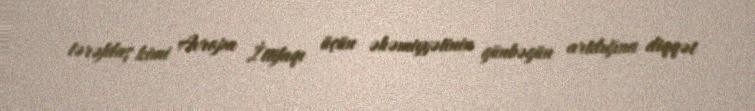
tərəfdaş kimi Avropa İttifaqı üçün əhəmiyyətinin günbəgün artdığına diqqət